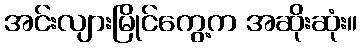
အင်းလျားမြိုင်ကွေ့က အဆိုးဆုံး။